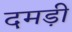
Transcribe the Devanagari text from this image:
दमड़ी